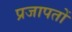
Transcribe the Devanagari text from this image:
प्रजापतों